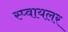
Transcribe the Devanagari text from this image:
स्प्वायलर